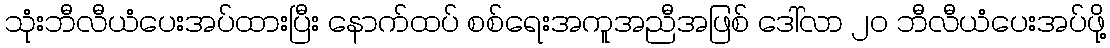
သုံးဘီလီယံပေးအပ်ထားပြီး နောက်ထပ် စစ်ရေးအကူအညီအဖြစ် ဒေါ်လာ ၂၀ ဘီလီယံပေးအပ်ဖို့